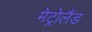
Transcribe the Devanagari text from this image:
मेट्रोलैंड